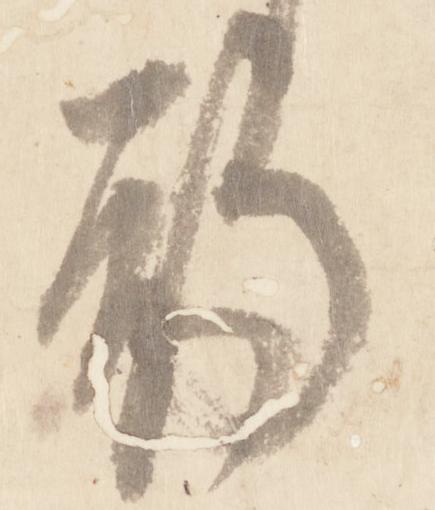
期